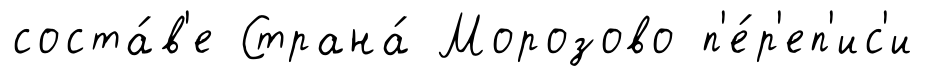
соста́в'е Страна́ Морозово п'е́р'еп'ис'и